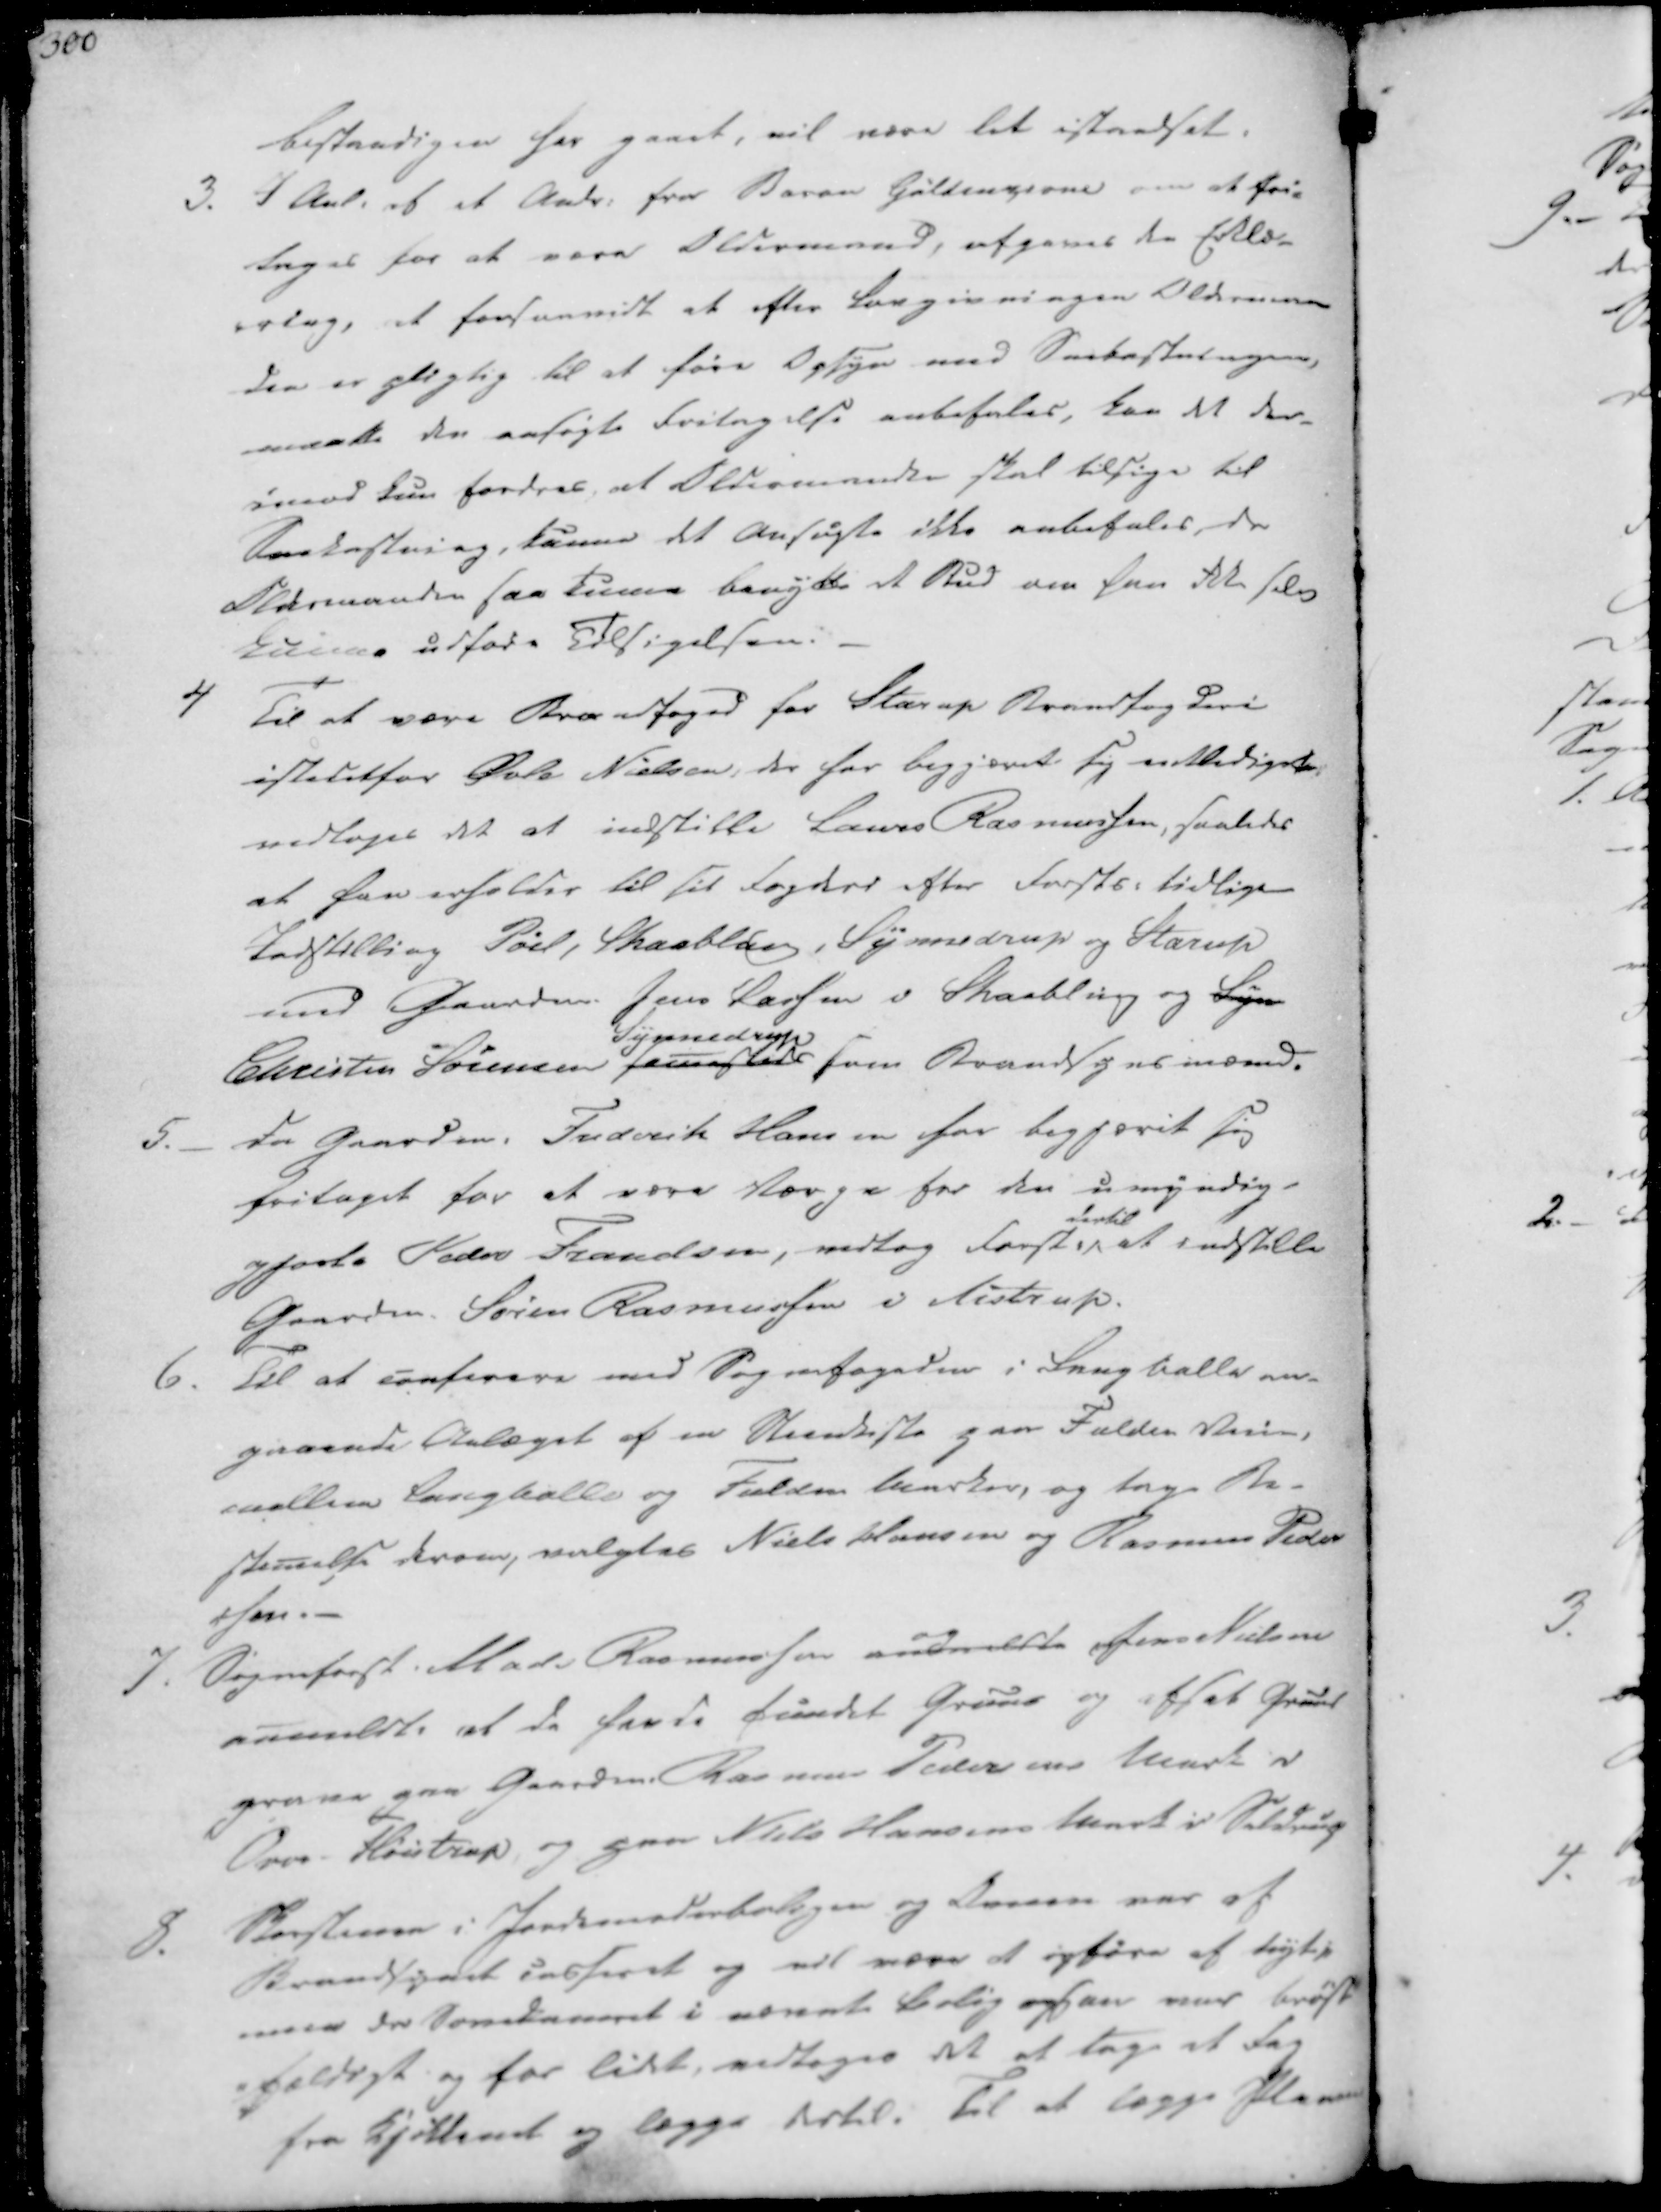
Transskription:
bestandigen har gaaet, vil være let istandsat.

3. I Anl. af et Andr. fra Baron Guldencrone om at fri-
tages for at være Oldermand, afgaves den Erklæ-
ering, at forsaavidt at efter Lovgivningen Olderman-
den er pligtig til at føre Opsyn med Omkostningerne,
maatte den ansøgte Fritagelse anbefales, kan det der-
imod kun fordres, at Oldermanden skal tilsige til
Sneekastning, kunne det Ansøgte ikke anbefales, da
Oldermanden saa kunne benytte et Bud om han ikke selv
kunne udføre Tilsigelsen.

4 Til at være Brandfoged for Starup Brandfogderi
istedetfor Øvle Nielsen, der har begjæret sig endlediget
vedtoges det at indstille Laurs Rasmussen, saaledes
at han erholdes til sit Fogderi efter Forsts. tidlige
Indstilling Pøel, Skaabling, Synnedrup og Starup
med Gaardm. Jens Larsen i Skaabling og Syn
Christen Sørensen samesteds
Synnedrup
som Brandsynsmænd.

5.
Da Gaardm. Frederik Hansen har begjæret sig
fritaget for at være Værge for den umyndig-
gjorte Peder Frandsen, vedtog Forst.
dertil
at indstille
Gaardm. Søren Rasmussen i Aistrup.

6. Til at conferere med Sognefogeden i Langballe an-
gaaende Anlæget af en Steenkiste paa Fulden Veien,
mellem Langballe og Fulden Marker, og tage Be-
stemelse derom, valgtes Niels Hansen og Rasmus Pede-
rsen.-

7. Sogneforst. Mads Rasmussen anmeldte ogJens Nielsen
anmeldte at de havde fundet Gruus og afsat Gruus
grave paa Gaardm. Rasmus Pedersens Mark i
Over - Fløistrup, og paa Niels Hansens Mark i Seldrup

8. Skorstenen i Jordemoderboligen og Danen var af
Brandsynet casseret og vil være at opføre af trytip
men da Sovekameret i nævnte Bolig ogsaa var brøst
-fældigt og for lidet, vedtoges det at tage et Fag
fra Kjøkkenet og lægge dertil. Til at lægge Planen